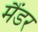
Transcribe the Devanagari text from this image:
मैंडर